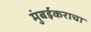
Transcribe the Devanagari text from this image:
मुंबईकराचा